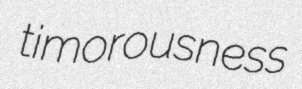
timorousness